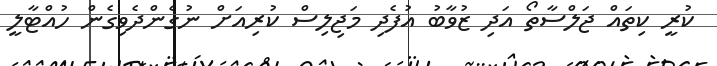
ކުރީ ކިތައް ޖަލްސާތޯ އަދި ޒުވާބު އުފެދި މަޖިލިސް ކުރިއަށް ނުގެންދެވިގެން ހުއްޓާލީ